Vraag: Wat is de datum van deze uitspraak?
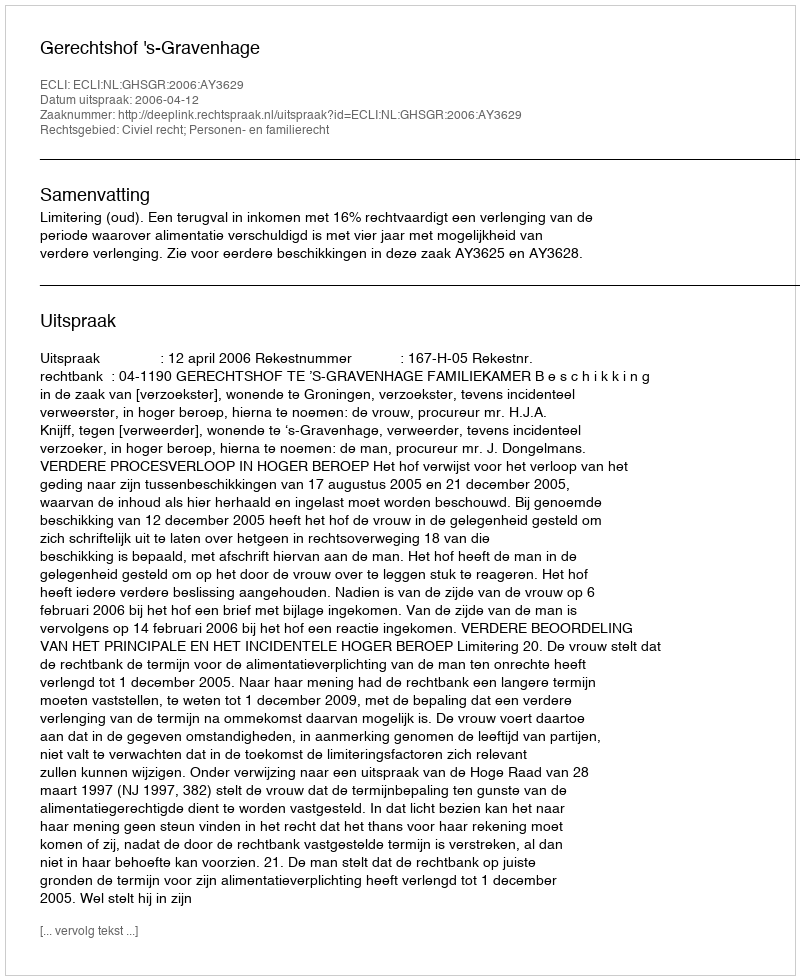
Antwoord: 2006-04-12